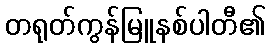
တရုတ်ကွန်မြူနစ်ပါတီ၏